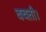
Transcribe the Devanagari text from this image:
बचती।